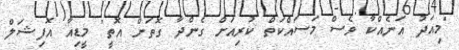
"މިއަދު އަނެއްކާ ވެސް މަސައްކަތް ކުރިއަށް ގެންދާ ގޮތަށް އޮތީ" މީޑިއާ އޮފިޝަލް